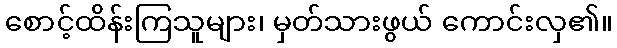
စောင့်ထိန်းကြသူများ၊ မှတ်သားဖွယ် ကောင်းလှ၏။